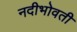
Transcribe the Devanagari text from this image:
नदीभोवती